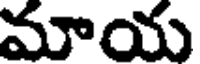
మాయ